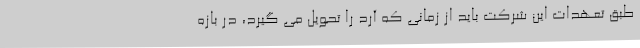
طبق تعهدات این شرکت باید از زمانی که آرد را تحویل می گیرد، در بازه